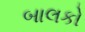
બાલકો